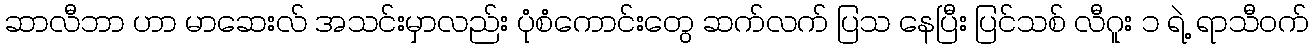
ဆာလီဘာ ဟာ မာဆေးလ် အသင်းမှာလည်း ပုံစံကောင်းတွေ ဆက်လက် ပြသ နေပြီး ပြင်သစ် လီဂူး ၁ ရဲ့ ရာသီဝက်